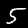
Label: 5